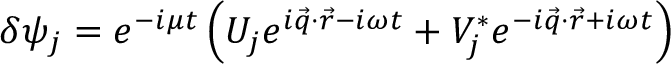
\delta \psi _ { j } = e ^ { - i \mu t } \left( U _ { j } e ^ { i \vec { q } \cdot \vec { r } - i \omega t } + V _ { j } ^ { * } e ^ { - i \vec { q } \cdot \vec { r } + i \omega t } \right)